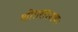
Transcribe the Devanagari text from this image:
शीतलाशयः